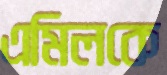
এমিলকে